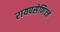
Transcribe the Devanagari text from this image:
रायपसेणिज्जं